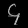
Digit: ၄